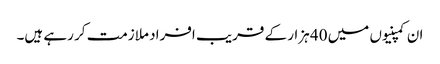
ان کمپنیوں میں 40 ہزار کے قریب افراد ملازمت کر رہے ہیں۔